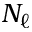
N _ { \ell }